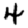
Digit: 4